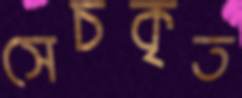
সেচকৃত